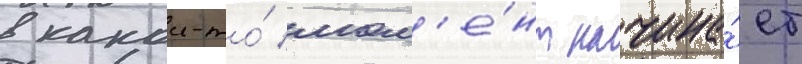
в какои-то́ мом'е́нт начина́ет